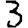
Digit: 3